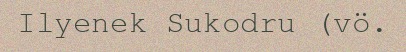
Ilyenek Sukodru (vö.